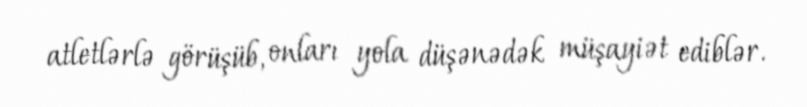
atletlərlə görüşüb, onları yola düşənədək müşayiət ediblər.